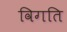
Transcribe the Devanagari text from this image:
विगति